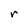
Character: r